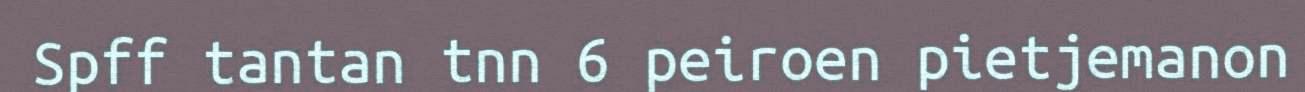
Spff tantan tnn 6 peiroen pietjemanon